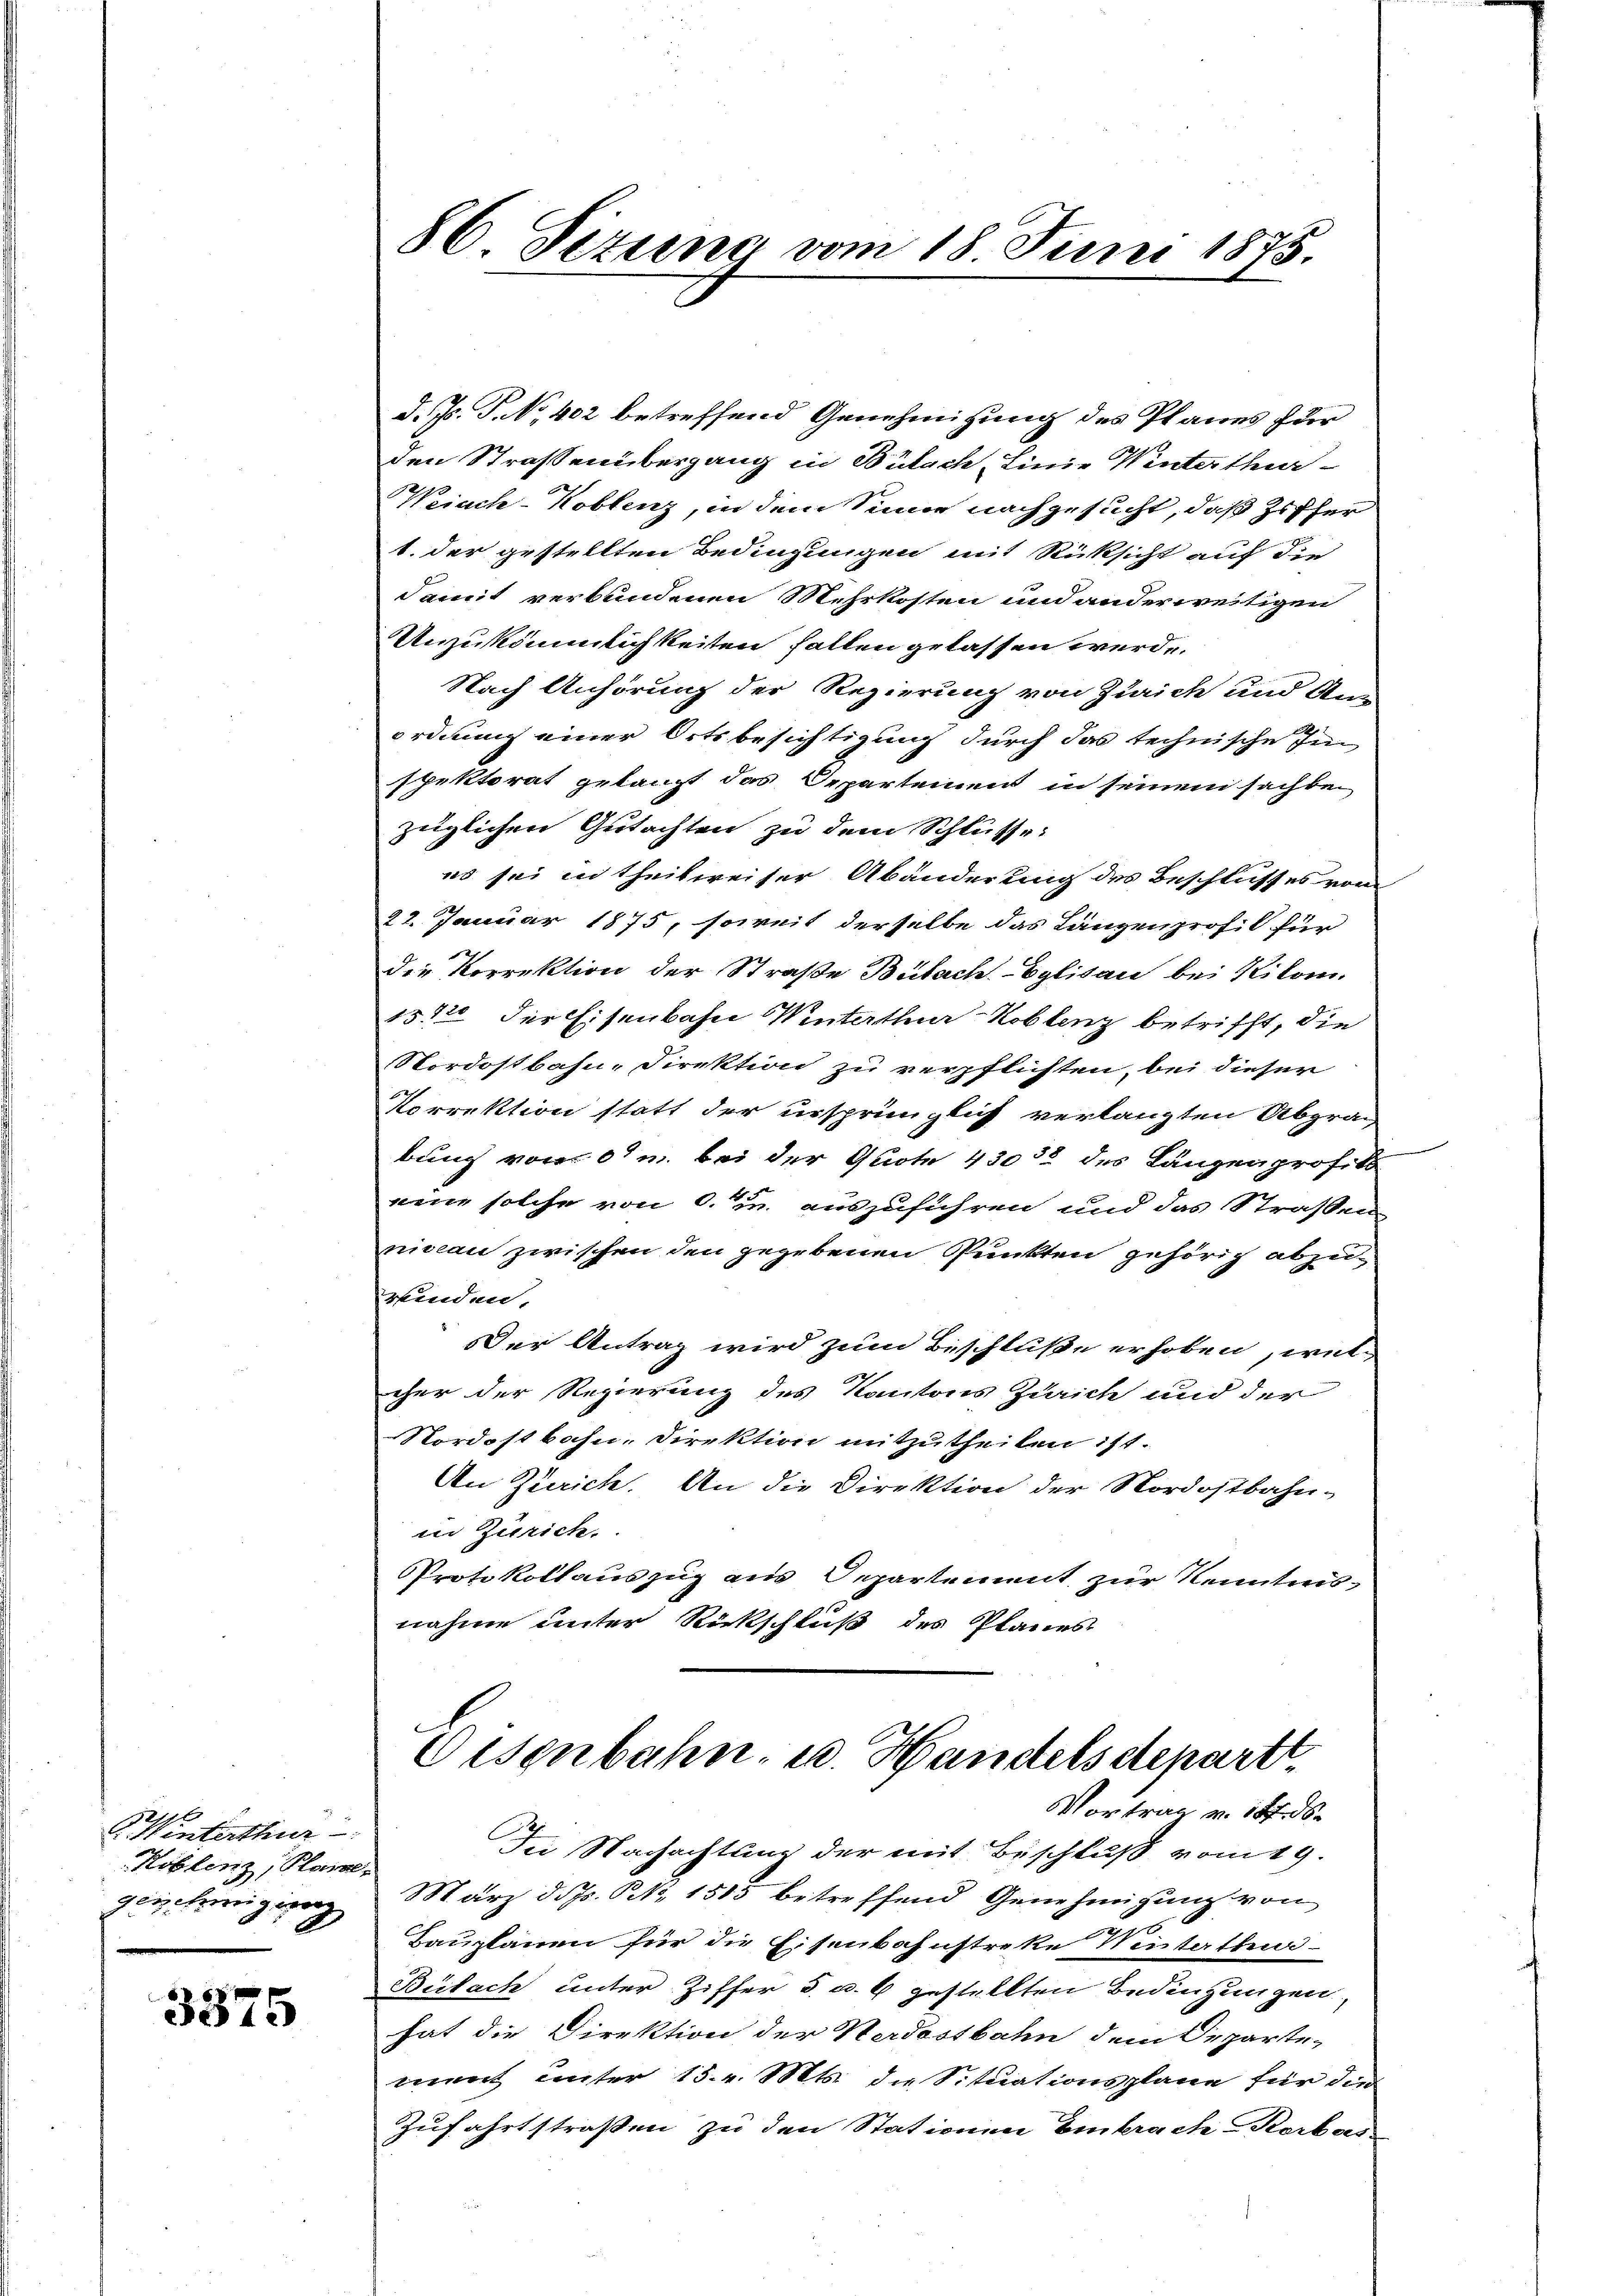
2
CHinterthur
Koblenz, Plane,
genehmigung

3375

d. Js. P. No 402 betreffend Genehmigung des Planes für
den Straßenübergang in Bülach Linie Winterthur-
Weiach-Koblenz, in dem Sinne nachgesucht, daß Ziffer
t. der gestellten Bedingungen mit Rücksicht auf die
damit verbundenen Mehrkosten und anderweitigen
Unzukömmlichkeiten fallen gelassen werde
Nach Anhörung der Regierung von Zürich und Anordnung einer Ortsbesichtigung durch das technische Im
spektorat gelangt das Departement in seinem sachbei
züglichen Gutachten zu dem Schlüsse:
es sei in theilweiser Abänderung des Beschlußes vom
22. Januar 1875, soweit derselbe das Lanzenprof. für
die Korrektion der Straße Bülach Eglisau bei Kilom
1512 der Eisenbahn Winterthur–Koblenz betrifft, die
Nordostbahn-Direktion zu verpflichten, bei dieser
Korrektion statt der ursprünglich verlangten Abgra-
bung von 0/m. bei der Quote 43032 des Längenprofils
einne solche von 6. u. auszuführen und das Straßen
niveau zwischen den gegebenen Punkten gehörig abzuwunden.
Der Antrag wird zum Beschluße erhoben, wel
cher der Regierung des Kantons Zürich und der
Nordostbahn, Direktion mitzutheilen ist.
An Zürich. An die Direktion der Nordostbahn-
in Zürich.
Protokollauszug aus Departement zur Kenntnis-
nahme unter Rückschluß des Planes

86. Fezung vom 18. Juni 1875.

Eisenbahn, u. Handelsdepartt
Vortrag v. 14. d.
In Nachachtung der mit Beschluß vom 19.
März d. Js. NNo. 1515 betreffend Genehmigung von

Bauplanen für die Eisenbahnstreke Winterthei¬
Bülach unter Ziffer 5 u. 6 gestellten Bedingungen.
hat die Direktion der Herdostbahn dem Departe-
ment unter 15. v. Mts. die Situationsplane für die
Zufahrtstraßen zu den Stationen Embrache Korbas